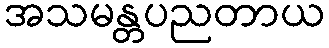
အသမန္တပညတာယ